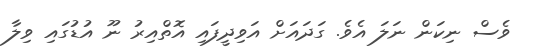
ވެސް ނިކަން ނަލަ އެވެ. ގަދައަށް އަވިދީފައި އޮތްއިރު ނޫ އުޑުގައި ވިލާ